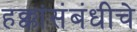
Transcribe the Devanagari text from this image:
हक्कांसंबंधीचे